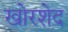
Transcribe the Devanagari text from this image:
खोरशेद